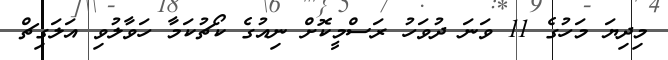
މިދިޔަ މަހުގެ 11 ވަނަ ދުވަހު ރަސްމީކޮށް ނިއުގެ ކޯޗުކަމާ ހަވާލުވި އަލަގިޗް